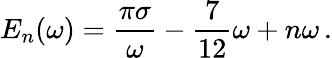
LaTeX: E_{n}(\omega)=\frac{\pi\sigma}{\omega}-\frac{7}{12}\omega+n\omega\, .